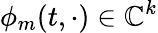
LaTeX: \phi_{m}(t,\cdot)\in\mathbb{C}^{k}